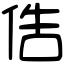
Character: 俈